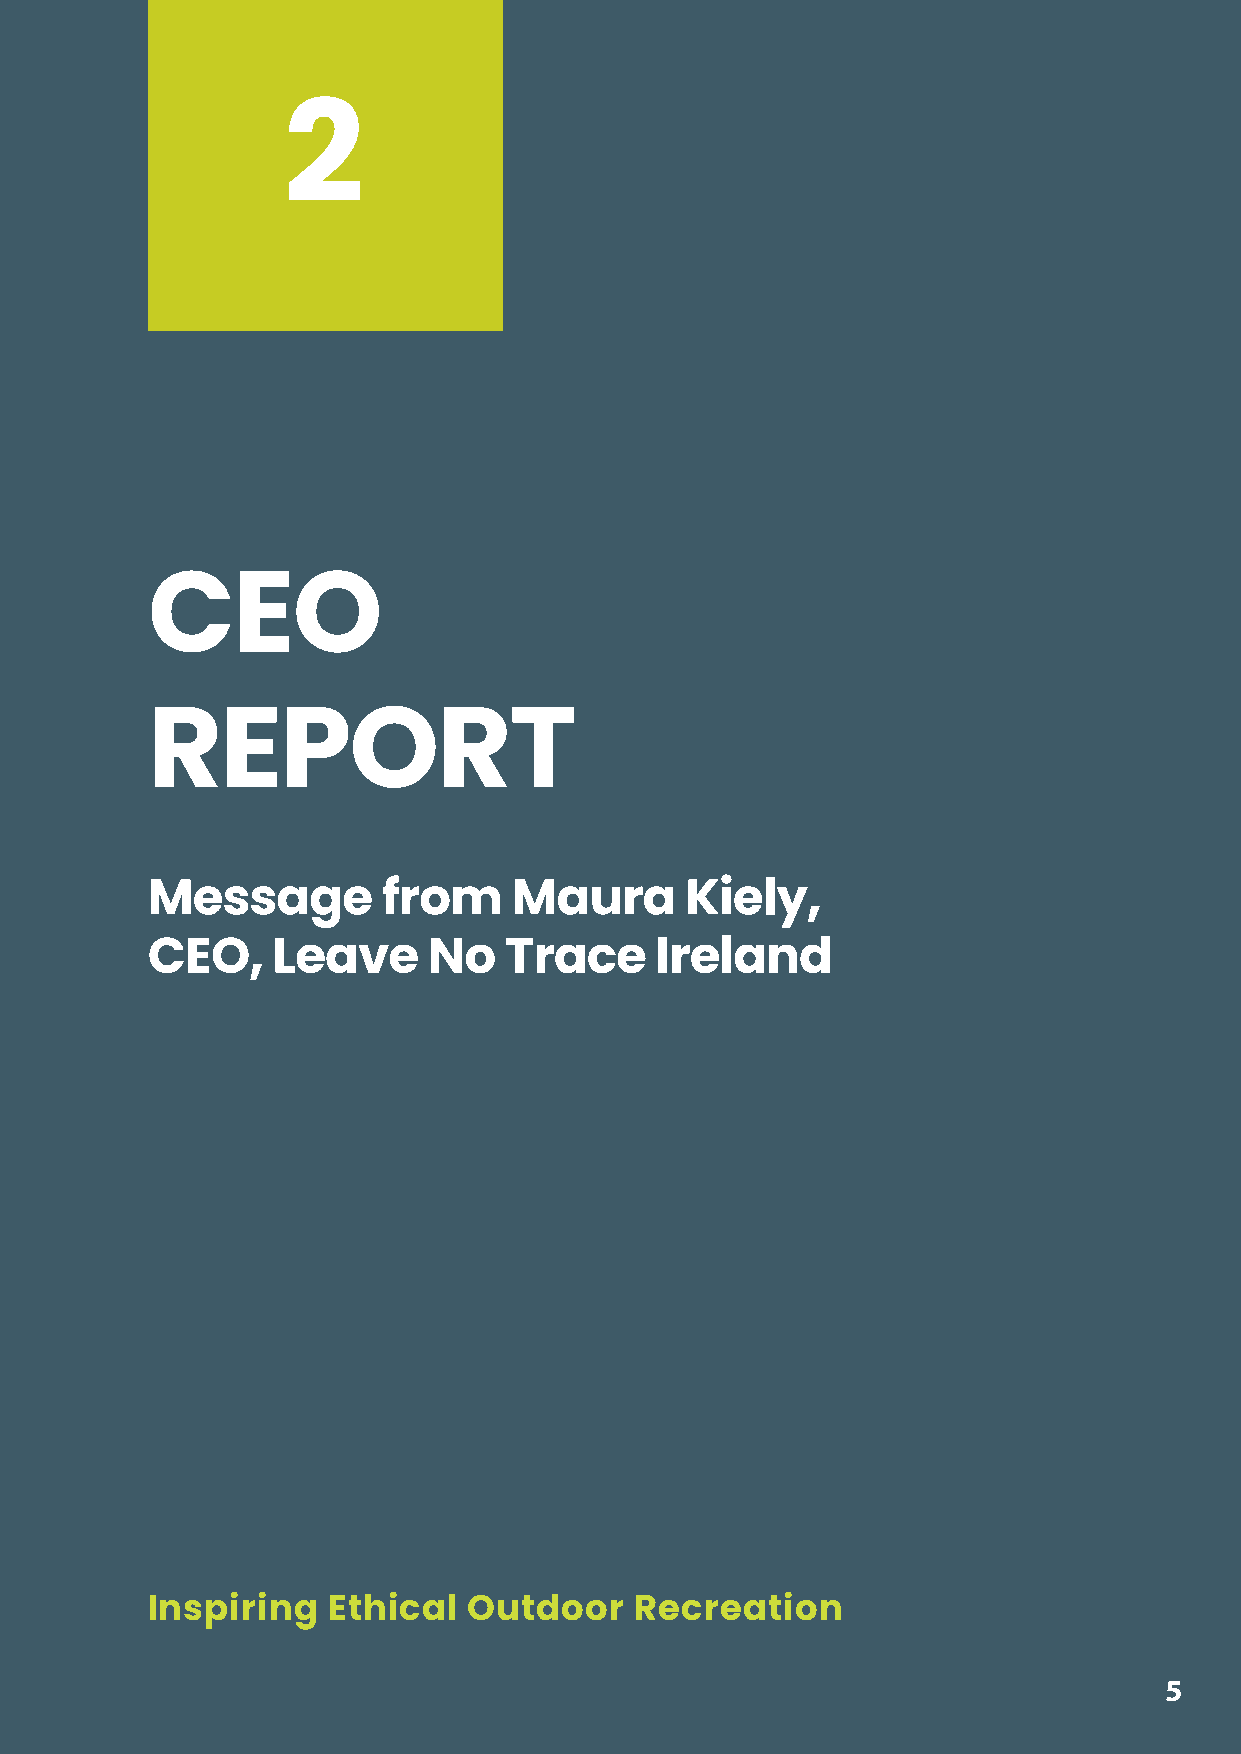
2
 CEO
 REPORT
 Message        from     Maura      Kiely,
 CEO,    Leave     No   Trace     Ireland
 Inspiring   Ethical  Outdoor    Recreation
 5